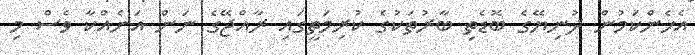
އެހެންކަމުން ދުނިޔޭގެ ބޮޑެތި ބާރުތަކުގެ ކުރިމަތީގައި ރާއްޖޭގެ ނަން އަނެއްކާ ވެސް މި